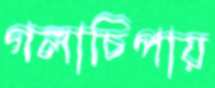
গলাচিপায়